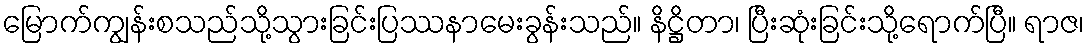
မြောက်ကျွန်းစသည်သို့သွားခြင်းပြဿနာမေးခွန်းသည်။ နိဋ္ဌိတာ၊ ပြီးဆုံးခြင်းသို့ရောက်ပြီ။ ရာဇ၊